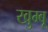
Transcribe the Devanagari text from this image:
खुम्बू